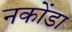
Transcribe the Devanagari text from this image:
नकोंडा